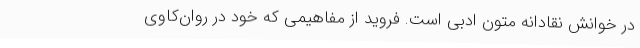
در خوانش نقادانه‌ متون ادبی است. فروید از مفاهیمی که خود در روان‌کاوی